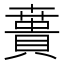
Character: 𰷌